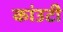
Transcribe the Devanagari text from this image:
कांउटी